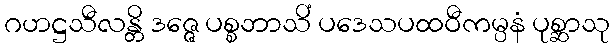
ဂဟဋ္ဌသီလန္တိ ဒဇ္ဇေ ပစ္စဘာသိံ ပဒေသပထဝီကမ္ပနံ ပုစ္ဆာသု